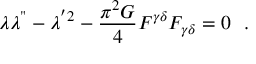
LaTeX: \lambda \lambda ^ { " } - \lambda ^ { ^ { \prime } 2 } - \frac { \pi ^ { 2 } G } { 4 } F ^ { \gamma \delta } F _ { \gamma \delta } = 0 ~ ~ .